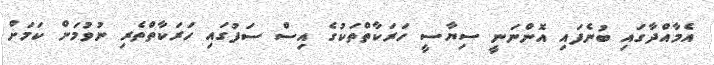
އެމާއްދާގައި ބުނެފައި އޮންނަނީ ސިޔާސީ ހަރަކާތްތަކުގެ އިސް ސަފުގައި ހަރަކާތްތެރި ނުވުމަށް ކަމަށް